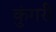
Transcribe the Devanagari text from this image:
कुंगरी